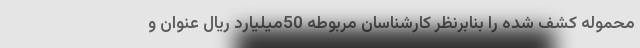
محموله کشف شده را بنابرنظر کارشناسان مربوطه 50میلیارد ریال عنوان و